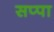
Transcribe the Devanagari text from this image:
सप्पा